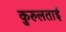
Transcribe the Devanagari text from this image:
कुरुलताई